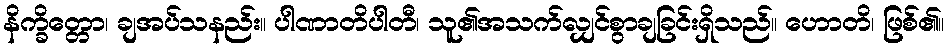
နိက္ခိတ္တော၊ ချအပ်သနည်း။ ပါဏာတိပါတီ၊ သူ၏အသက်လျှင်စွာချခြင်းရှိသည်။ ဟောတိ၊ ဖြစ်၏။